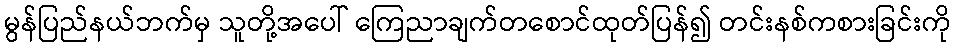
မွန်ပြည်နယ်ဘက်မှ သူတို့အပေါ် ကြေညာချက်တစောင်ထုတ်ပြန်၍ တင်းနစ်ကစားခြင်းကို